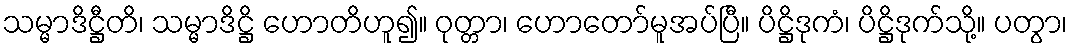
သမ္မာဒိဋ္ဌီတိ၊ သမ္မာဒိဋ္ဌိ ဟောတိဟူ၍။ ဝုတ္တာ၊ ဟောတော်မူအပ်ပြီ။ ပိဋ္ဌိဒုကံ၊ ပိဋ္ဌိဒုက်သို့။ ပတွာ၊